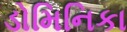
ડોમિનિકા